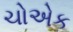
ચોએક